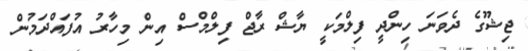
ޖިޝޫގެ ދެވަނަ ހިންދީ ފިލްމަކީ ޔާޝް ރާޖް ފިލްމްސް އިން މިހާރު އުފައްދަމުން